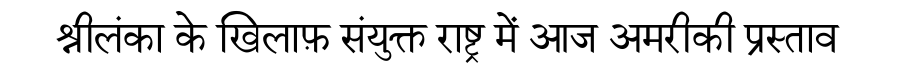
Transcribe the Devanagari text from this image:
श्रीलंका के खिलाफ़ संयुक्त राष्ट्र में आज अमरीकी प्रस्ताव